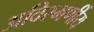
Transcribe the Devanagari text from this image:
अविस्मर्णीय